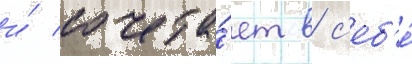
и́ сочета́ет в с'еб'е́